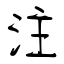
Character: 注